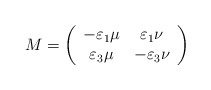
\begin{align*}M=\left( \begin{array}{cc}-\varepsilon_1\mu&\varepsilon_1\nu\\ \varepsilon_3\mu&-\varepsilon_{3}\nu\end{array}\right) \end{align*}